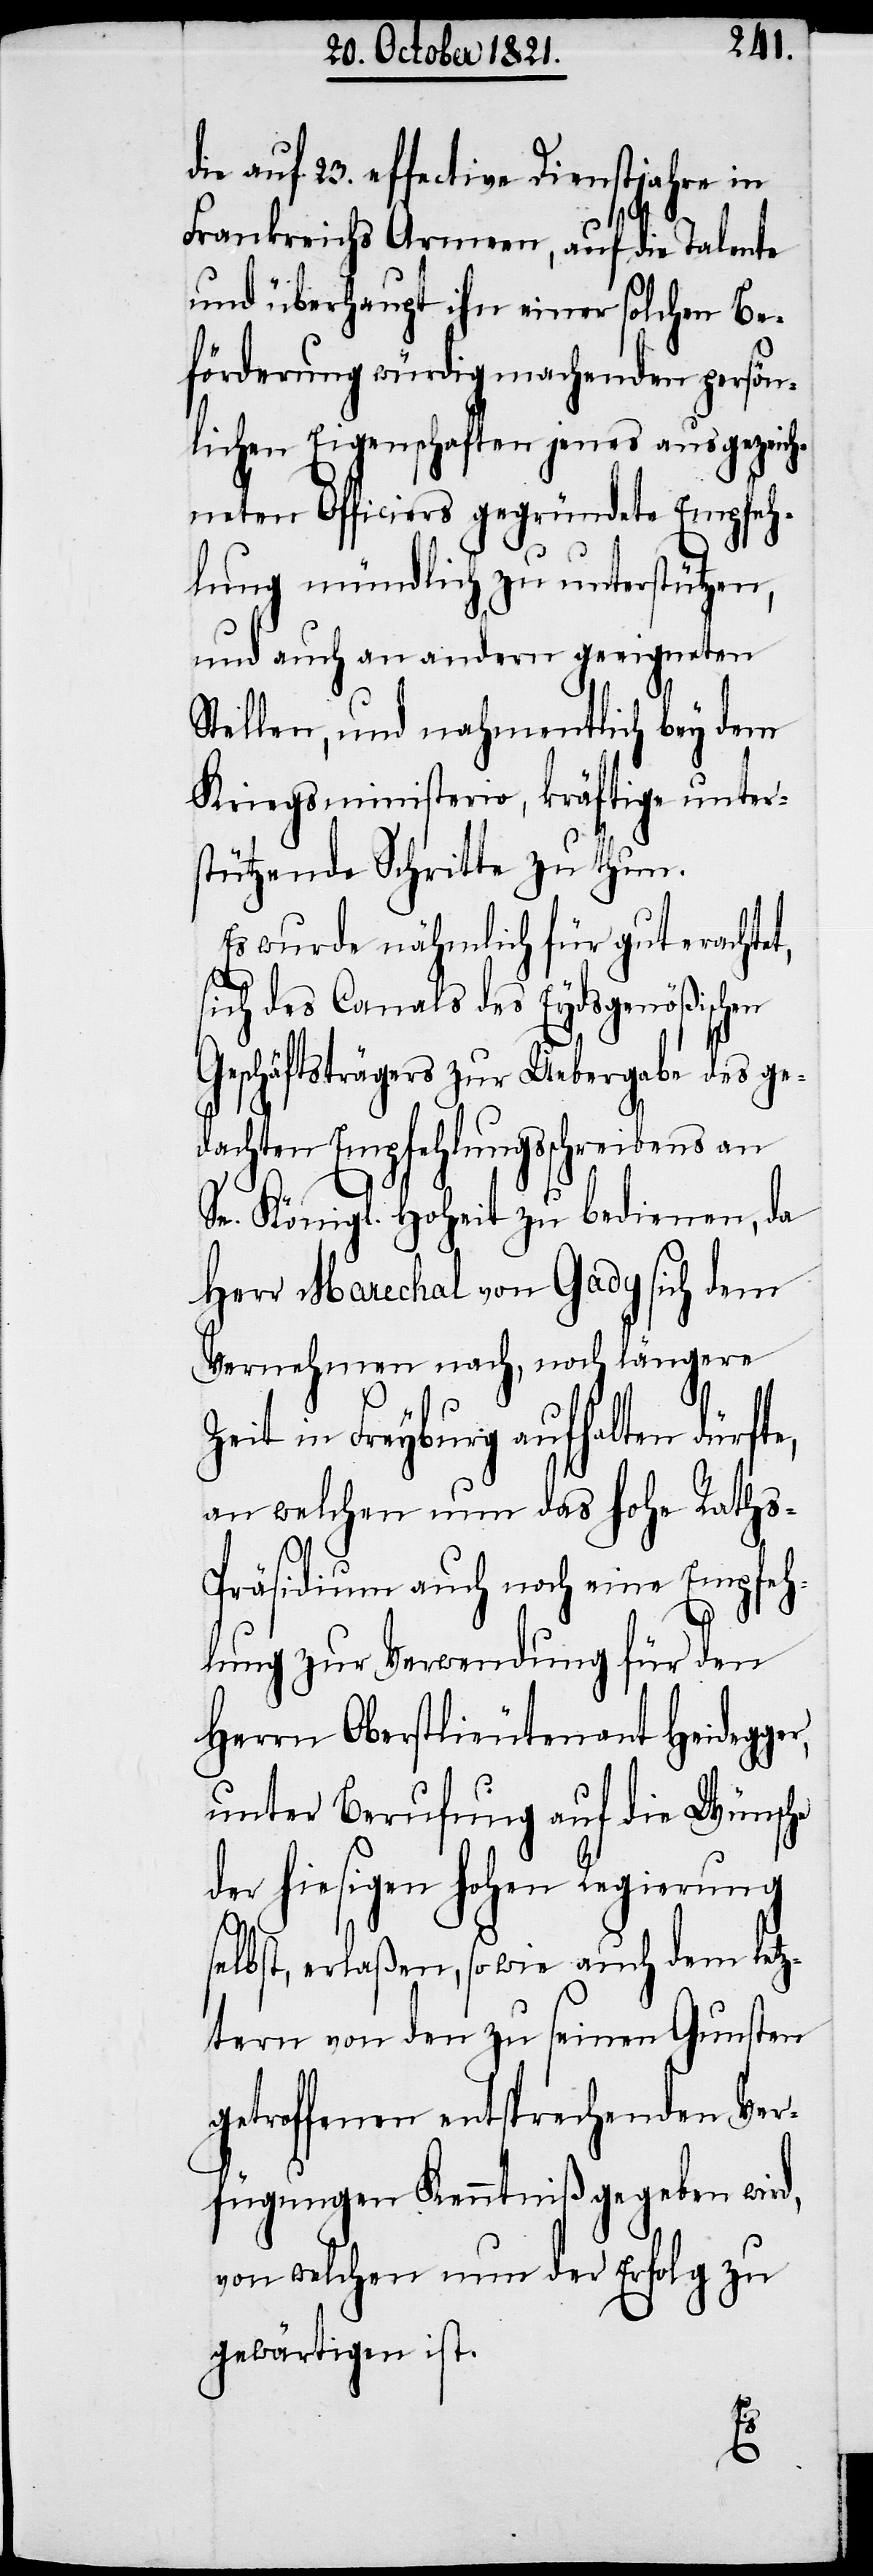
die auf 23. effective Dienstjahre in
Frankreichs Armeen, auf die Talente
und überhaupt ihn einer solchen Be¬
förderung würdig machenden persön¬
lichen Eigenschaften jenes ausgezeich¬
neten Officiers gegründete Empfeh¬
lung mündlich zu unterstützen,
und auch an andern geeigneten
Stellen, und nahmentlich bey dem
Kriegsministerio, kräftige unter¬
stützende Schritte zu thun.
Es wurde nähmlich für gut erachte¬
r,
sich des Canals des Eydsgenößischen
Geschäftsträgers zur Uebergabe des ge¬
dachten Empfehlungsschreibens an
Königliche Hoheit zu bedienen, da
Herr Marechal von Gady sich dem
Vernehmen nach, noch längere
Zeit in Freyburg aufhalten dürfte,
an welchen nun das hohe Raths-P¬
räsidium auch noch eine Empfeh¬
lung zur Verwendung für den
Herrn Oberstlieutenant Heidegge¬
unter Berufung auf die Wünsche
der hiesigen hohen Regierung
selbst, erlaßen, sowie auch dem letz¬
tern von den zu seinen Gunsten
getroffenen entsprechenden Ver¬
fügungen Kenntniß gegeben wird,
von welchen nun der Erfolg zu
gewärtigen ist.